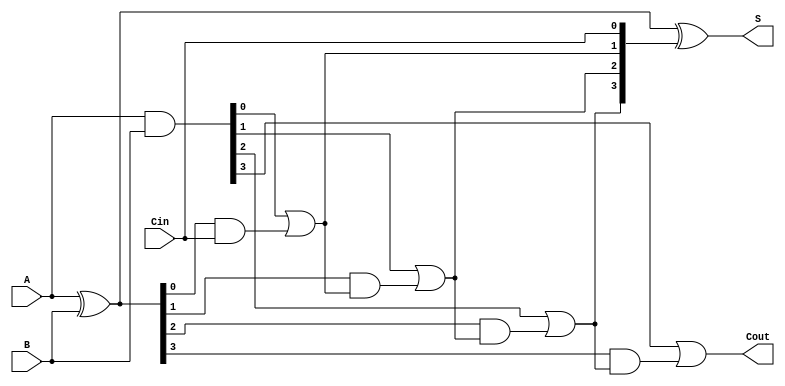
module RCLA_4bit (
    input [3:0] A,     // 4-bit input A
    input [3:0] B,     // 4-bit input B
    input Cin,         // Carry-in
    output [3:0] S,    // 4-bit sum output
    output Cout        // Carry-out
);
    // Generate (G) and Propagate (P) signals for each bit
    wire [3:0] G; // Generate signals
    wire [3:0] P; // Propagate signals
    wire [4:0] C; // Carry signals (C[0] is Cin)

    // Generate and Propagate logic
    assign G = A & B;          // G[i] = A[i] & B[i]
    assign P = A ^ B;          // P[i] = A[i] ^ B[i]

    // Carry signal generation
    assign C[0] = Cin;         // C[0] is the initial carry-in
    assign C[1] = G[0] | (P[0] & C[0]); // C[1]
    assign C[2] = G[1] | (P[1] & C[1]); // C[2]
    assign C[3] = G[2] | (P[2] & C[2]); // C[3]
    assign C[4] = G[3] | (P[3] & C[3]); // C[4] (Cout)

    // Sum calculation
    assign S = P ^ {C[3:0]}; // S[i] = P[i] ^ C[i]

    // Carry-out
    assign Cout = C[4];      // Final carry-out

endmodule